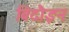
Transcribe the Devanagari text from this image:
बिदौइन